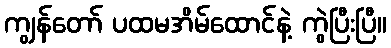
ကျွန်တော် ပထမအိမ်ထောင်နဲ့ ကွဲပြီးပြီ။